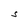
Character: S